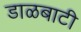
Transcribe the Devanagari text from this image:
डाळबाटी